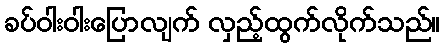
ခပ်ဝါးဝါးပြောလျက် လှည့်ထွက်လိုက်သည်။